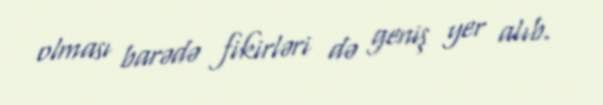
olması barədə fikirləri də geniş yer alıb.